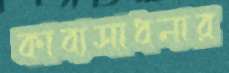
কাব্যসাধনার